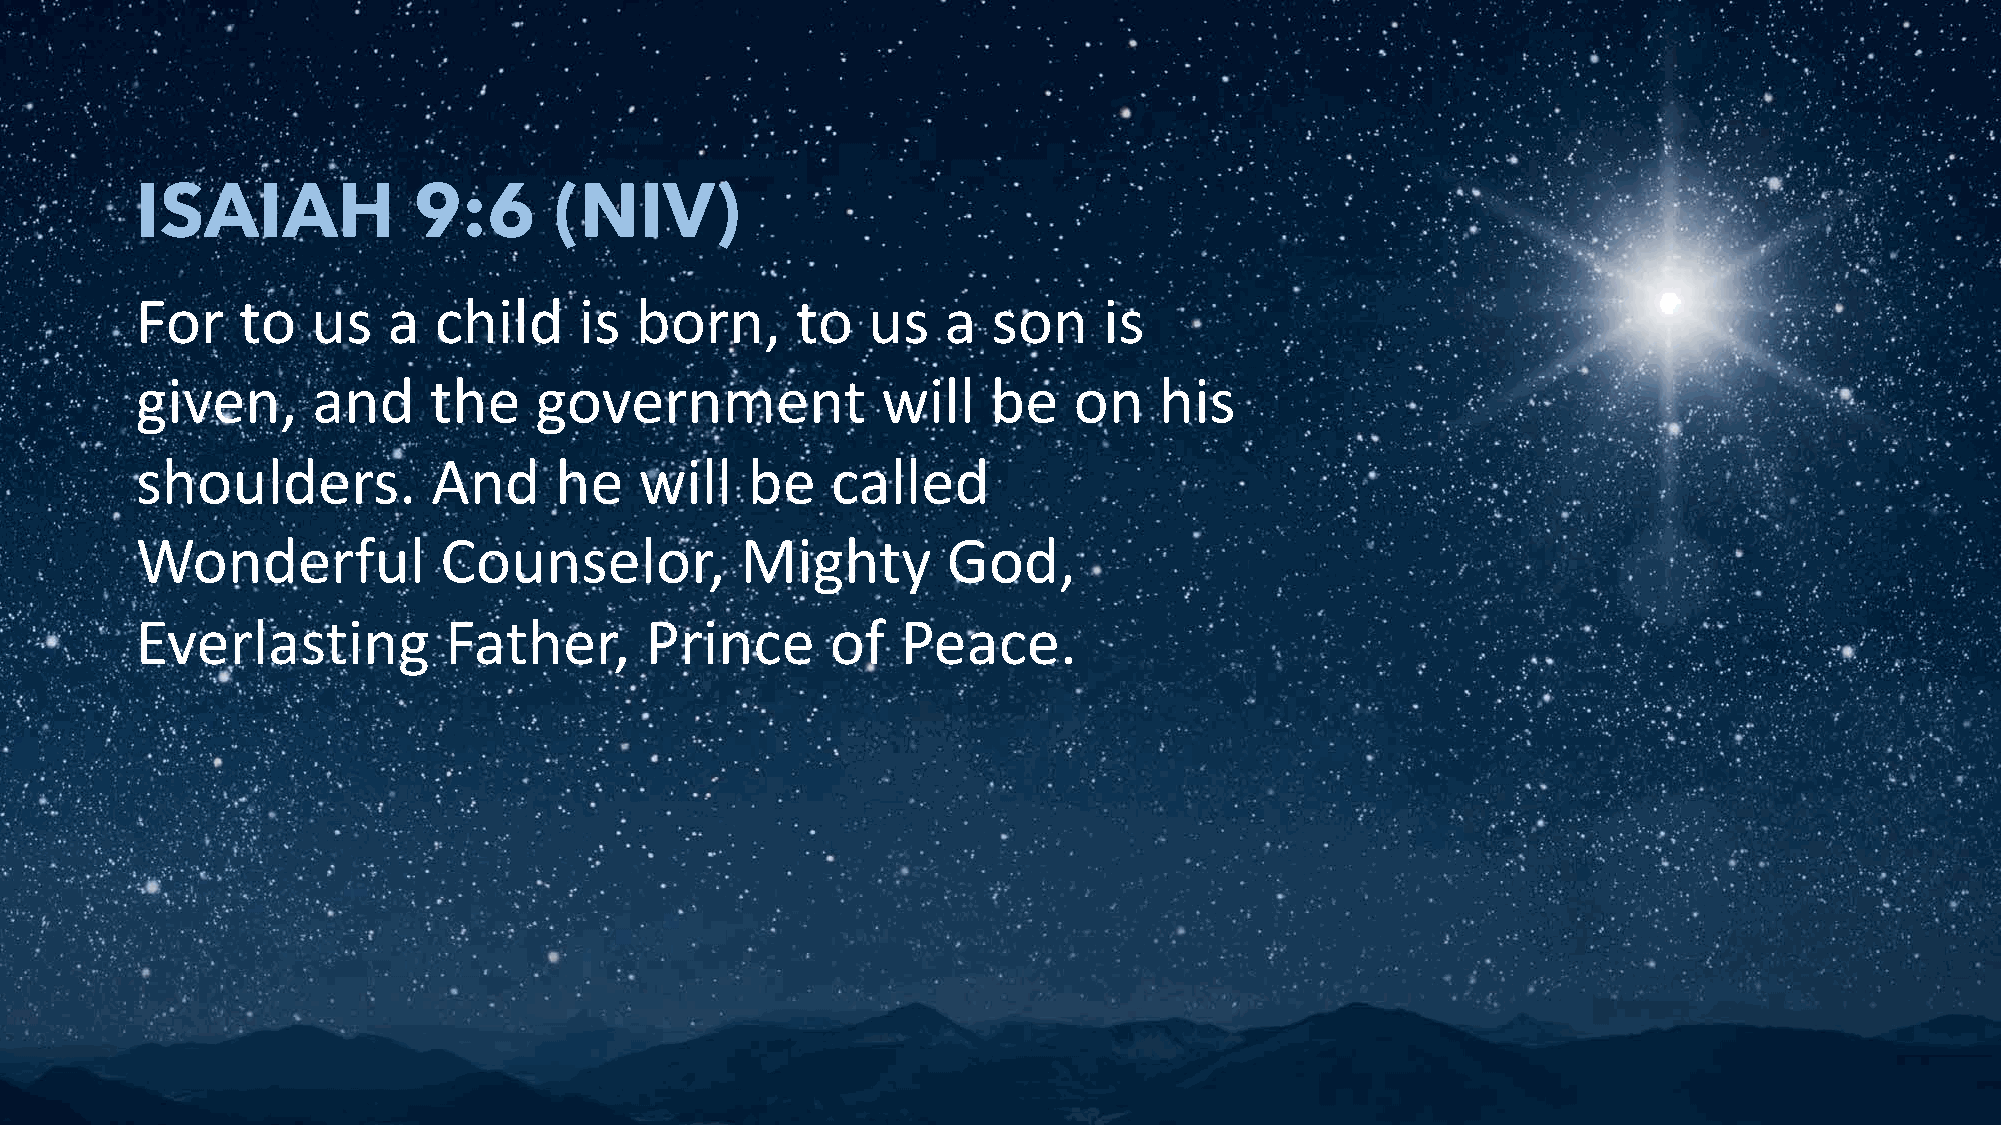
ISAIAH            9:6       (NIV)
 For    to   us   a  child    is  born,      to  us    a  son    is
 given,      and    the    government             will    be   on    his
 shoulders.          And     he   will   be    called
 Wonderful           Counselor,          Mighty        God,
 Everlasting         Father,       Prince      of   Peace.